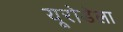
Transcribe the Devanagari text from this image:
यूरोडेला